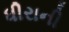
ધીરાની